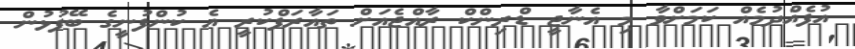
އުފެއްދުމެއް ކަމަށްވާ މި އެނާޖީ ޑްރިންކް ރާއްޖެއަށް ތައާރަފްކުރީ އެ ކުންފުނީގެ ބޭފުޅުން